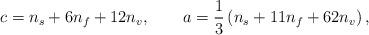
LaTeX: \begin{align*}c=n_{s}+6n_{f}+12n_{v},\qquad a=\frac{1}{3}\left(n_{s}+11n_{f}+62n_{v}\right) ,\end{align*}